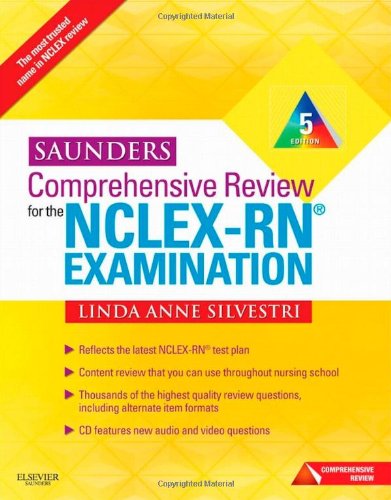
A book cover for Saunders Comprehensive Review for the NCLEX-RN Examination, 5th Edition; Linda Anne Silvestri; Test Preparation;